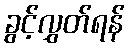
ခွင့်လွှတ်ရန်